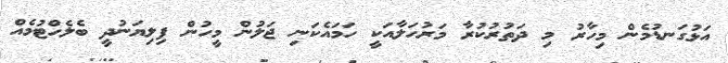
އަޅުގަނޑުމެން މިހާރު މި ދަތުރުކުރާ މަރުހަލާއަކީ ހަމައެކަނި ޖަލުން މީހުން ފިލިޔަނުދީ ބެލެހްޓުމެއް